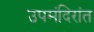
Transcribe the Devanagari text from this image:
उपमंदिरांत